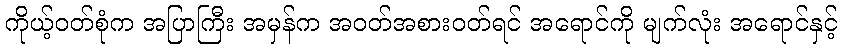
ကိုယ့်ဝတ်စုံက အပြာကြီး အမှန်က အဝတ်အစားဝတ်ရင် အရောင်ကို မျက်လုံး အရောင်နှင့်